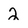
Character: 2